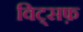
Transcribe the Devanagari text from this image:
विट्सफ़